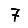
Digit: 7